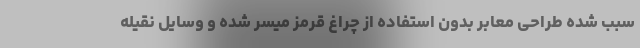
سبب شده طراحی معابر بدون استفاده از چراغ قرمز میسر شده و وسایل نقیله